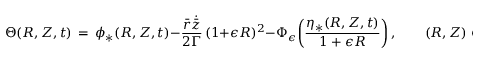
\Theta ( R , Z , t ) \, = \, \phi _ { * } ( R , Z , t ) - \frac { { \bar { r } } \dot { \bar { z } } } { 2 \Gamma } \, ( 1 + \epsilon R ) ^ { 2 } - \Phi _ { \epsilon } \biggl ( \frac { \eta _ { * } ( R , Z , t ) } { 1 + \epsilon R } \biggr ) \, , \qquad ( R , Z ) \in \Omega _ { \epsilon } \, .